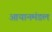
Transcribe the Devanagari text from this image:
आयानमंडल